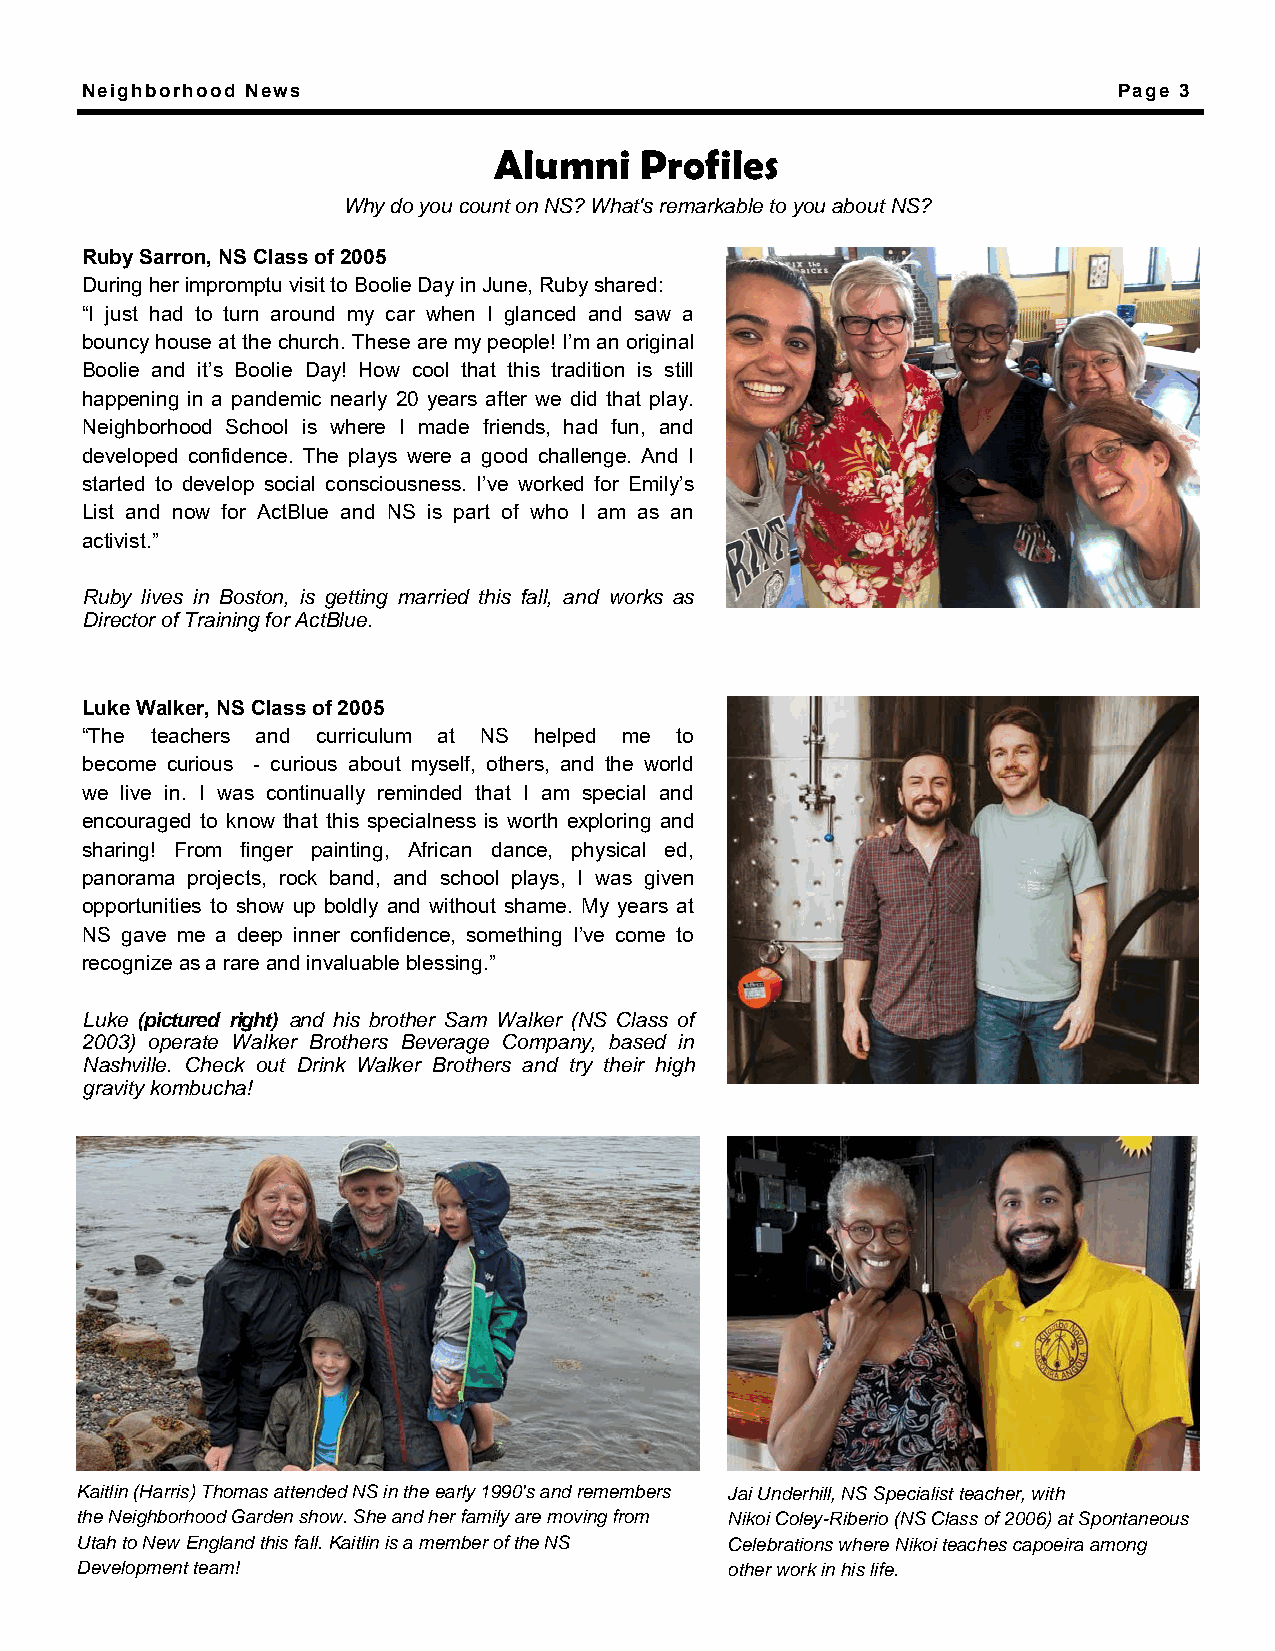
Neighborhood News                                                    Page 3
 Alumni   Profiles
 Why do you count on NS? What's remarkable to you about NS?
 Ruby Sarron, NS Class of 2005
 During her impromptu visit to Boolie Day in June, Ruby shared:
 “I just had to turn around my car when I glanced and saw a
 bouncy house at the church. These are my people! I’m an original
 Boolie and it’s Boolie Day! How cool that this tradition is still
 happening in a pandemic nearly 20 years after we did that play.
 Neighborhood School is where I made friends, had fun, and
 developed confidence. The plays were a good challenge. And I
 started to develop social consciousness. I’ve worked for Emily’s
 List and now for ActBlue and NS is part of who I am as an
 activist.”
 Ruby lives in Boston, is getting married this fall, and works as
 Director of Training for ActBlue.
 Luke Walker, NS Class of 2005
 “The teachers and curriculum at NS helped me to
 become curious - curious about myself, others, and the world
 we live in. I was continually reminded that I am special and
 encouraged to know that this specialness is worth exploring and
 sharing! From finger painting, African dance, physical ed,
 panorama projects, rock band, and school plays, I was given
 opportunities to show up boldly and without shame. My years at
 NS gave me a deep inner confidence, something I’ve come to
 recognize as a rare and invaluable blessing.”
 Luke (pictured right) and his brother Sam Walker (NS Class of
 2003) operate Walker Brothers Beverage Company, based in
 Nashville. Check out Drink Walker Brothers and try their high
 gravity kombucha!
 Kaitlin (Harris) Thomas attended NS in the early 1990's and remembers Jai Underhill, NS Specialist teacher, with
 the Neighborhood Garden show. She and her family are moving from Nikoi Coley-Riberio (NS Class of 2006) at Spontaneous
 Utah to New England this fall. Kaitlin is a member of the NS Celebrations where Nikoi teaches capoeira among
 Development team!                          other work in his life.